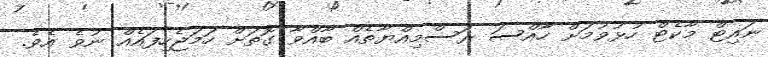
ނައިޓް މާކެޓް ހުޅުވުމަށް ހާއްސަ ރަސްމިއްޔާތެއް ބާއްވާ ގޮތަށް ހަމަޖެހިފައެއް ނުވެ އެވެ.